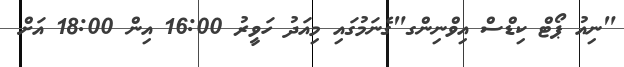
"ނިއު ޕޯޓް ކިޑްސް އިވްނިންގ"ގެނަމުގައި މިއަދު ހަވީރު 16:00 އިން 18:00 އަށް